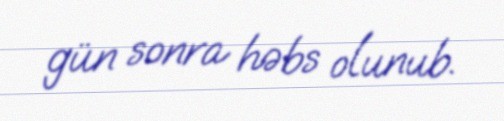
gün sonra həbs olunub.